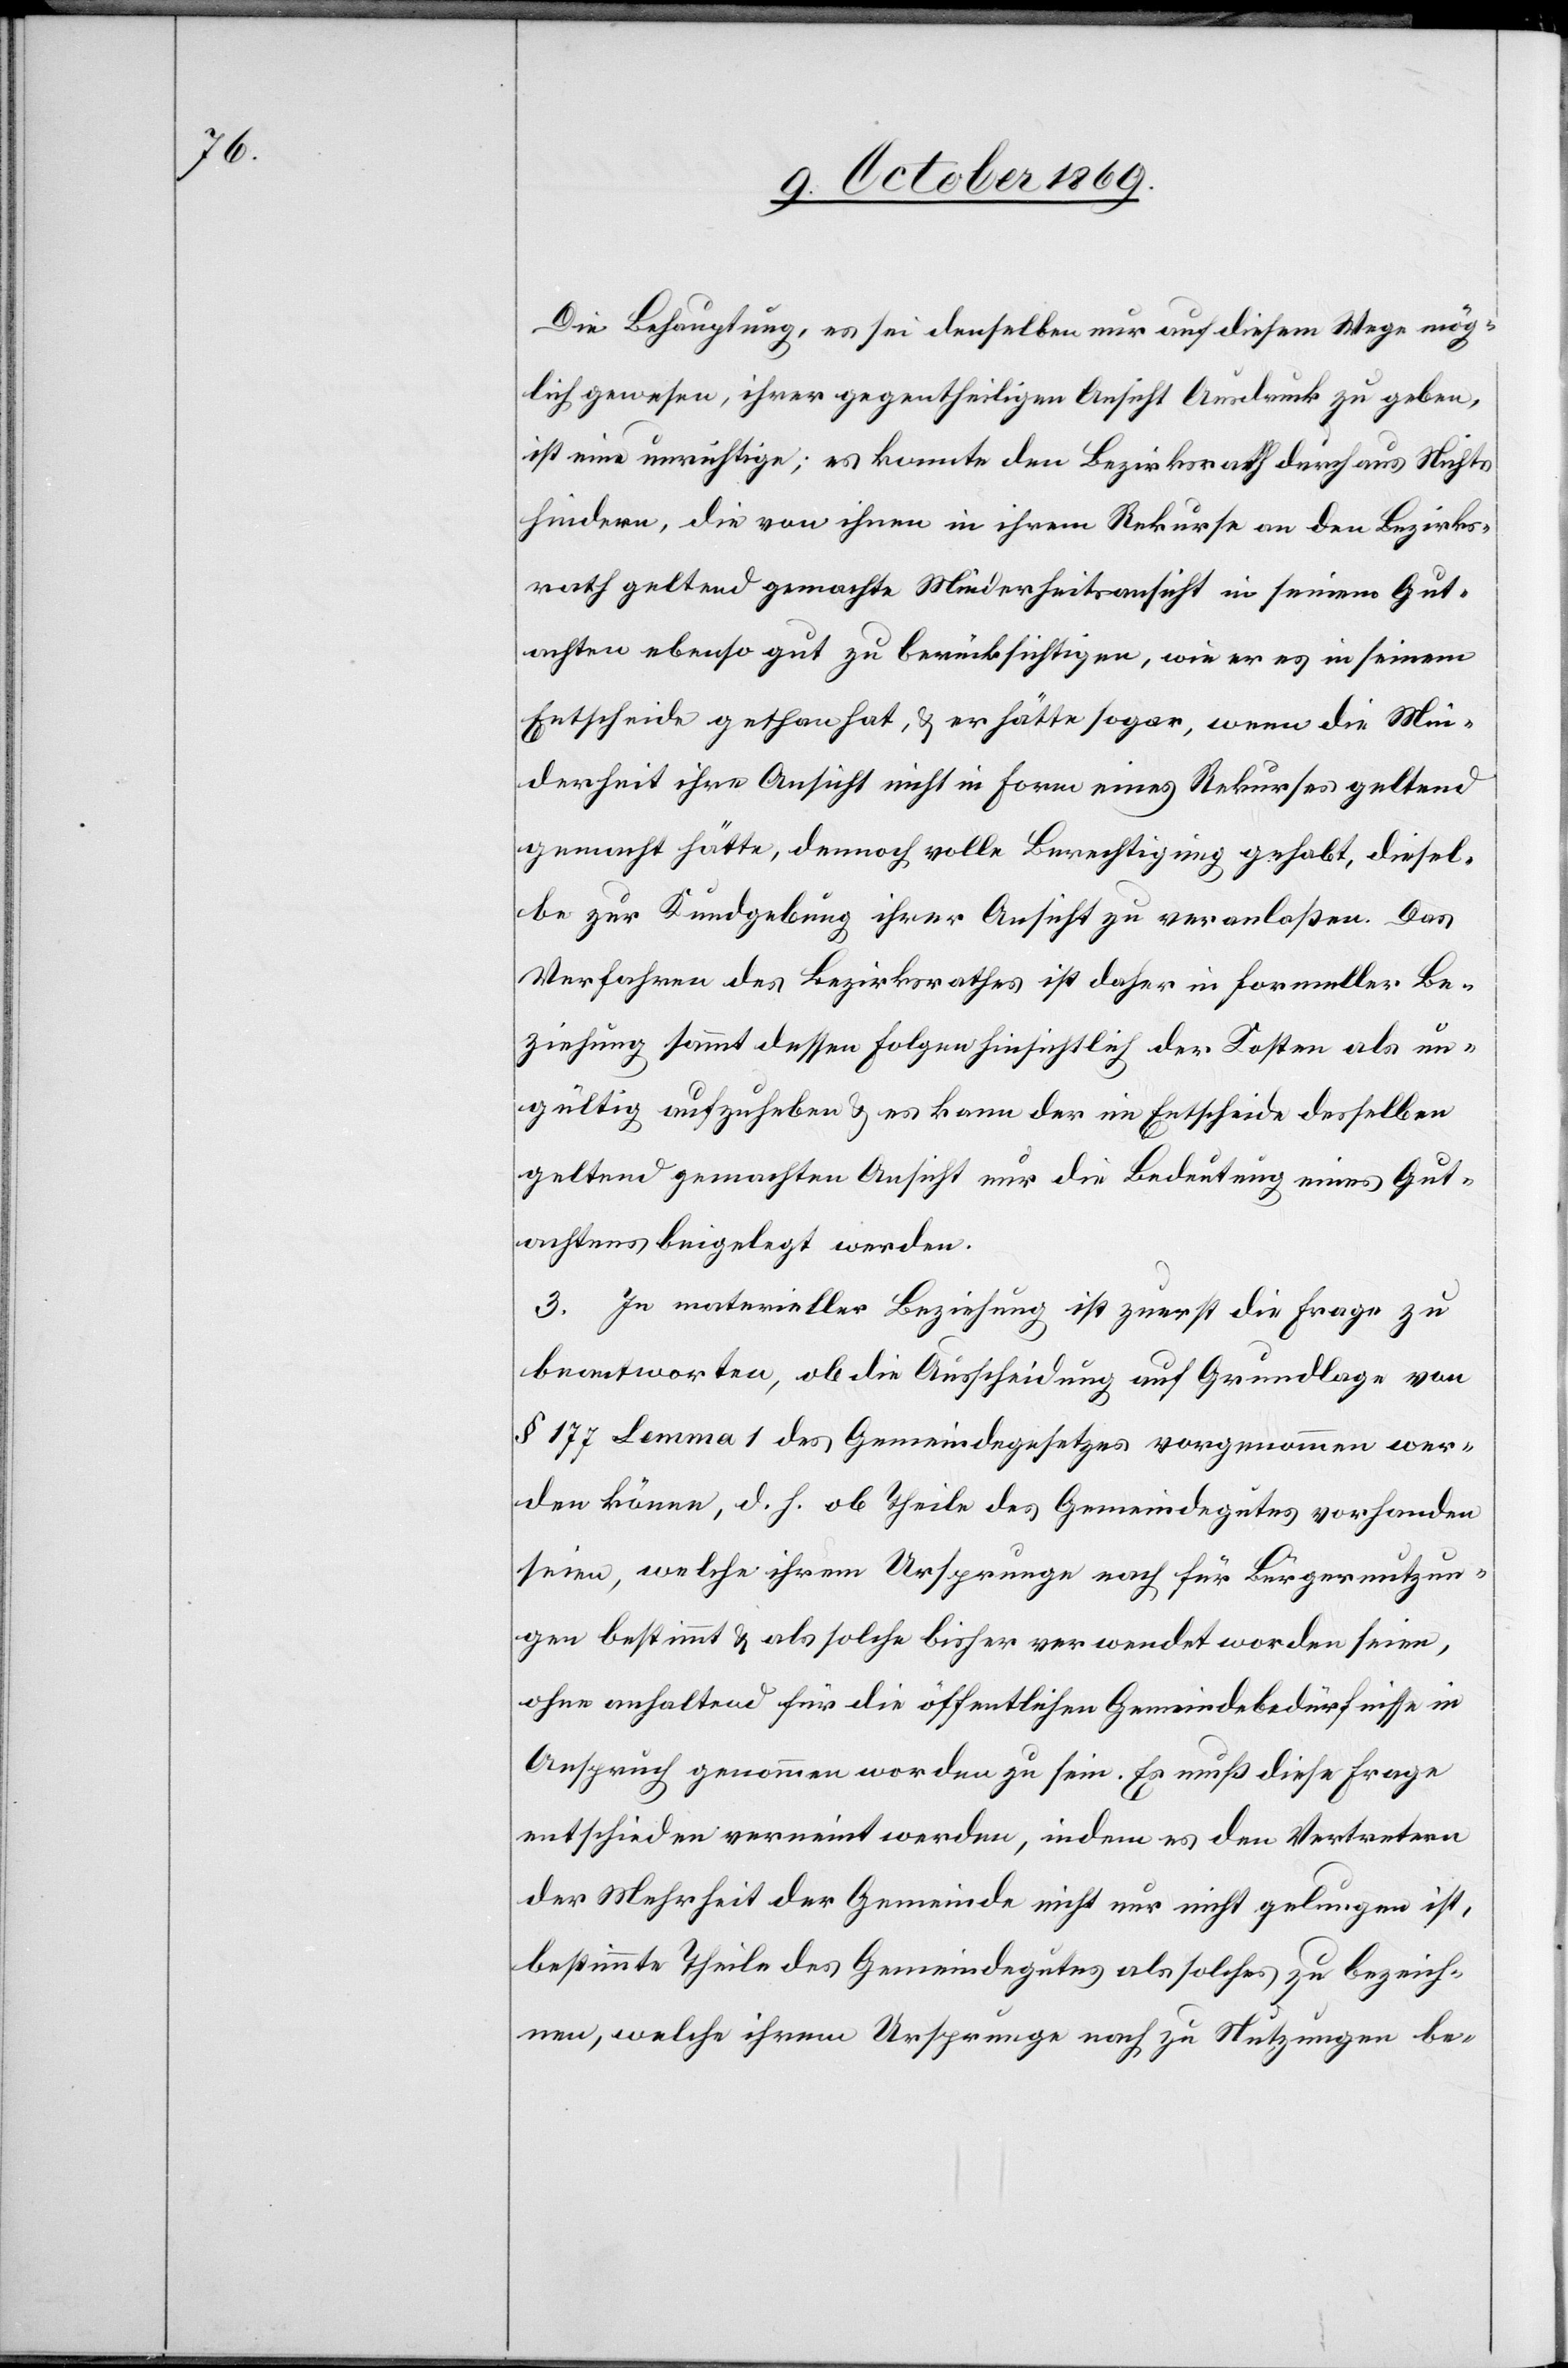
Die Behauptung, es sei denselben nur auf diesem Wege mög¬
lich gewesen, ihrer gegentheiligen Ansicht Ausdruck zu geben,
ist eine unrichtige; es konnte den Bezirksrath durchaus Nichts
hindern, die von ihnen in ihrem Rekurse an den Bezirks¬
rath geltend gemachte Minderheitsansicht in seinem Gut¬
achten ebenso gut zu berücksichtigen, wie er es in seinem
Entscheide gethan hat, & er hätte sogar, wenn die Min¬
derheit ihre Ansicht nicht in Form eines Rekurses geltend
gemacht hätte, dennoch volle Berechtigung gehabt, diesel¬
be zur Kundgebung ihrer Ansicht zu veranlaßen. Das
Verfahren des Bezirksrathes ist daher in formeller Be¬
ziehung sammt dessen Folgen hinsichtlich der Kosten als un¬
gültig aufzuheben & es kann der im Entscheide desselben
geltend gemachten Ansicht nur die Bedeutung eines Gut¬
achtens beigelegt werden.
3. In materieller Beziehung ist zuerst die Frage zu
beantworten, ob die Ausscheidung auf Grundlage von
§ 177 Lemma 1 des Gemeindegesetzes vorgenommen wer¬
den könne, d. h. ob Theile des Gemeindegutes vorhanden
seien, welche ihrem Ursprunge nach für Bürgernutzun¬
gen bestimmt & als solche bisher verwendet worden seien,
ohne anhaltend für die öffentlichen Gemeindebedürfnisse in
Anspruch genommen worden zu sein. Es muß diese Frage
entschieden verneint werden, indem es den Vertretern
der Mehrheit der Gemeinde nicht nur nicht gelungen ist,
bestimmte Theile des Gemeindegutes als solches zu bezeich¬
nen, welche ihrem Ursprunge nach zu Nutzungen be-